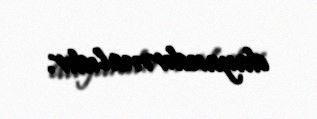
dayandırmalıdır.